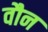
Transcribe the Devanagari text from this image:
वौन